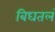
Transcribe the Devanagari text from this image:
बिघतलं